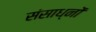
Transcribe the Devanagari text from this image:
संसाध्नों